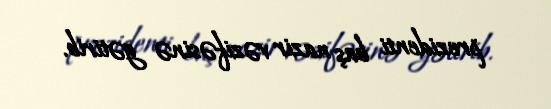
prezidenti baş nazir vəzifəsinə gətirib.